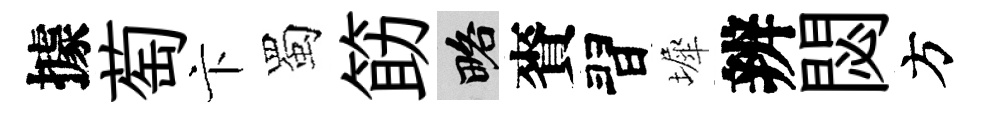
據萄卞蜀筯略賚習墀辨閟方